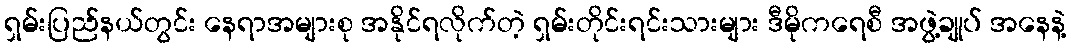
ရှမ်းပြည်နယ်တွင်း နေရာအများစု အနိုင်ရလိုက်တဲ့ ရှမ်းတိုင်းရင်းသားများ ဒီမိုကရေစီ အဖွဲ့ချုပ် အနေနဲ့